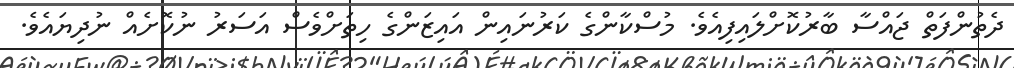
ދެތުންފަތް ޖައްސާ ބާރުކޮށްލައިފިއެވެ. މުސްކާންގެ ކަރުނައިން އައިޒަންގެ ހިތަށްވެސް އަސަރު ނުކޮށެއް ނުދިޔައެވެ.